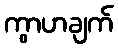
ကွာဟချက်